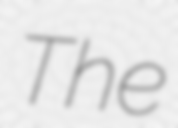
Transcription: The